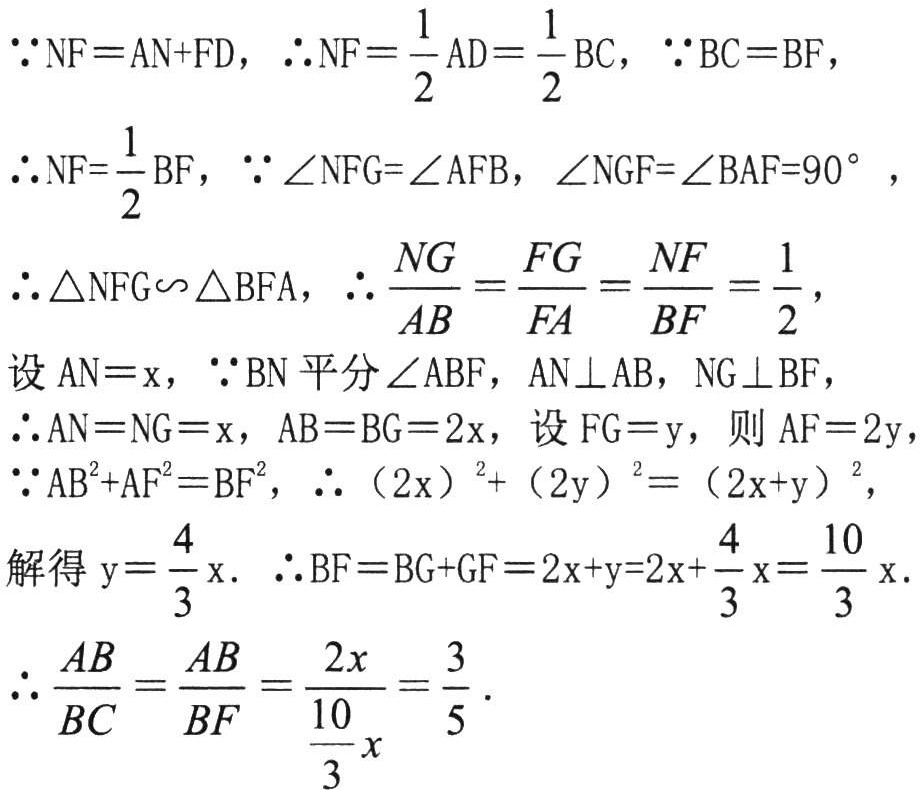
\(\because \mathrm{NF}=\mathrm{AN}+\mathrm{FD}\)，\(\therefore \mathrm{NF}=\frac{1}{2}\mathrm{AD}=\frac{1}{2}\mathrm{BC}\)，\(\because \mathrm{BC}=\mathrm{BF}\)，
\(\therefore \mathrm{NF}=\frac{1}{2}\mathrm{BF}\)，\(\because \angle \mathrm{NFG}=\angle \mathrm{AFB}\)，\(\angle \mathrm{NGF}=\angle \mathrm{BAF}=90^{\circ}\)，
\(\therefore \triangle \mathrm{NFG}\backsim \triangle \mathrm{BFA}\)，\(\therefore \frac{\mathrm{NG}}{\mathrm{AB}}=\frac{\mathrm{FG}}{\mathrm{FA}}=\frac{\mathrm{NF}}{\mathrm{BF}}=\frac{1}{2}\)，
设\(\mathrm{AN}=x\)，\(\because \mathrm{BN}\)平分\(\angle \mathrm{ABF}\)，\(\mathrm{AN}\perp \mathrm{AB}\)，\(\mathrm{NG}\perp \mathrm{BF}\)，
\(\therefore \mathrm{AN}=\mathrm{NG}=x\)，\(\mathrm{AB}=\mathrm{BG}=2x\)，设\(\mathrm{FG}=y\)，则\(\mathrm{AF}=2y\)，
\(\because \mathrm{AB}^{2}+\mathrm{AF}^{2}=\mathrm{BF}^{2}\)，\(\therefore (2x)^{2}+(2y)^{2}=(2x + y)^{2}\)，
解得\(y = \frac{4}{3}x\)．\(\therefore \mathrm{BF}=\mathrm{BG}+\mathrm{GF}=2x + y=2x+\frac{4}{3}x=\frac{10}{3}x\)．
\(\therefore \frac{\mathrm{AB}}{\mathrm{BC}}=\frac{\mathrm{AB}}{\mathrm{BF}}=\frac{2x}{\frac{10}{3}x}=\frac{3}{5}\)．